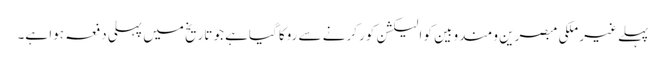
پہلے غیر ملکی مبصرین و مندوبین کو الیکشن کور کرنے سے روکا گیاہے جو تاریخ میں پہلی دفعہ ہوا ہے۔